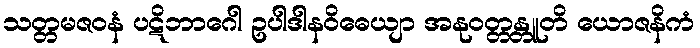
သတ္တမဇဝနံ ပဋိဘာဂေါ ဥပါဒါနဝိဓေယျာ အနုဝတ္တန္တူတိ ယောဇနိကံ